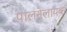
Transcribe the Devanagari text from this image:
पालनेलायक